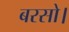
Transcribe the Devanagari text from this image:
बरसो।